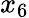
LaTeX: x_{6}